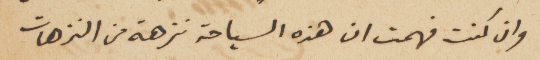
وان كنت فهمت ان هذه السياحة نزهة من النزهات